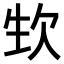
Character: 𣢡